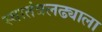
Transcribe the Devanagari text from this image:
स्वातंत्रलढ्याला